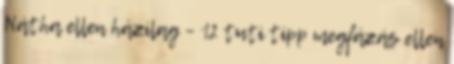
Nátha ellen házilag – 12 tuti tipp megfázás ellen